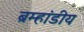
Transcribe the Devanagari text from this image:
ब्रम्हांडीय